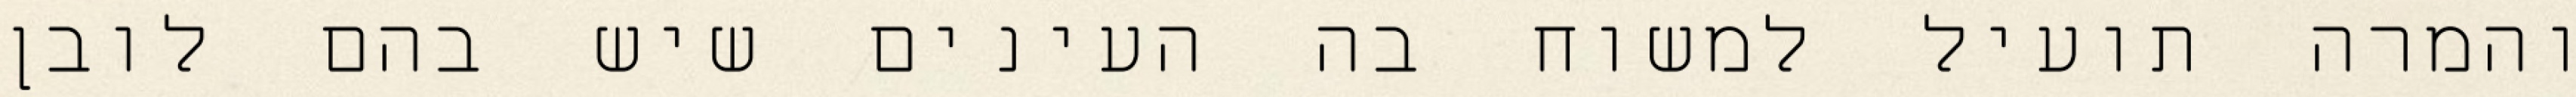
והמרה תועיל למשוח בה העינים שיש בהם לובן